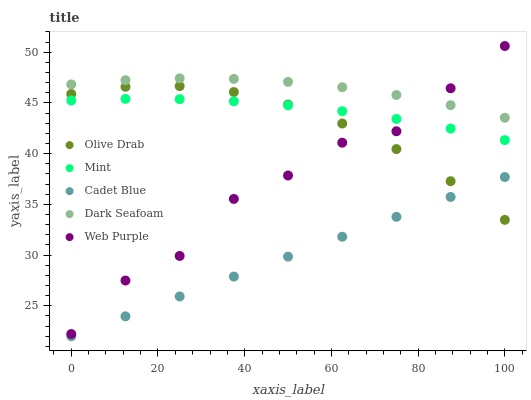
| xaxis_label | Olive Drab | Mint | Cadet Blue | Dark Seafoam | Web Purple |
 | --- | --- | --- | --- | --- | --- |
 | 0 | 45.9 | 45.2 | 22 | 46.8 | 22.2 |
 | 12.5 | 46.6 | 45.4 | 24 | 47.2 | 27.5 |
 | 25 | 46.7 | 45.4 | 25.9 | 47.4 | 29.9 |
 | 37.5 | 46.1 | 45.2 | 27.9 | 47.4 | 35.5 |
 | 50 | 44.8 | 44.8 | 29.8 | 47.1 | 37.8 |
 | 62.5 | 43 | 44.2 | 31.8 | 46.5 | 41.1 |
 | 75 | 40.5 | 43.4 | 33.8 | 45.8 | 42.2 |
 | 87.5 | 37.3 | 42.5 | 35.7 | 44.8 | 46.4 |
 | 100 | 33.5 | 41.3 | 37.7 | 43.5 | 50.6 |